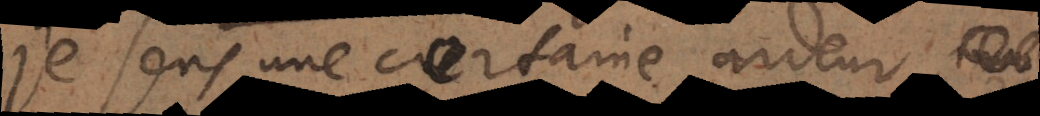
je sens une certaine